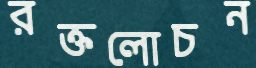
রক্তলোচন